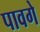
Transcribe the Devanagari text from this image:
पावगे